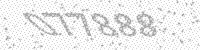
Solution: 077888